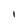
Character: 1